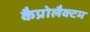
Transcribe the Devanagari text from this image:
कैप्रोलैक्टम